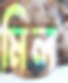
মিল